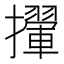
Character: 㩣